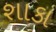
શાકા